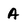
Character: A